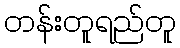
တန်းတူရည်တူ